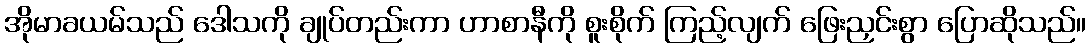
အိုမာခယမ်သည် ဒေါသကို ချုပ်တည်းကာ ဟာစာနီကို စူးစိုက် ကြည့်လျက် ဖြေးညှင်းစွာ ပြောဆိုသည်။